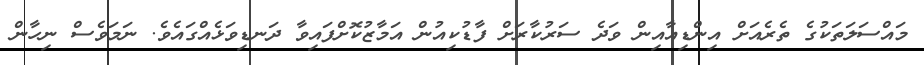
މައްސަލަތަކުގެ ތެރެއަށް އިންޑިއާއިން ވަދެ ސަރުކާރަށް ފާޑުކިއުން އަމާޒުކޮށްފައިވާ ދަނޑިވަޅެއްގައެވެ. ނަމަވެސް ނިހާން